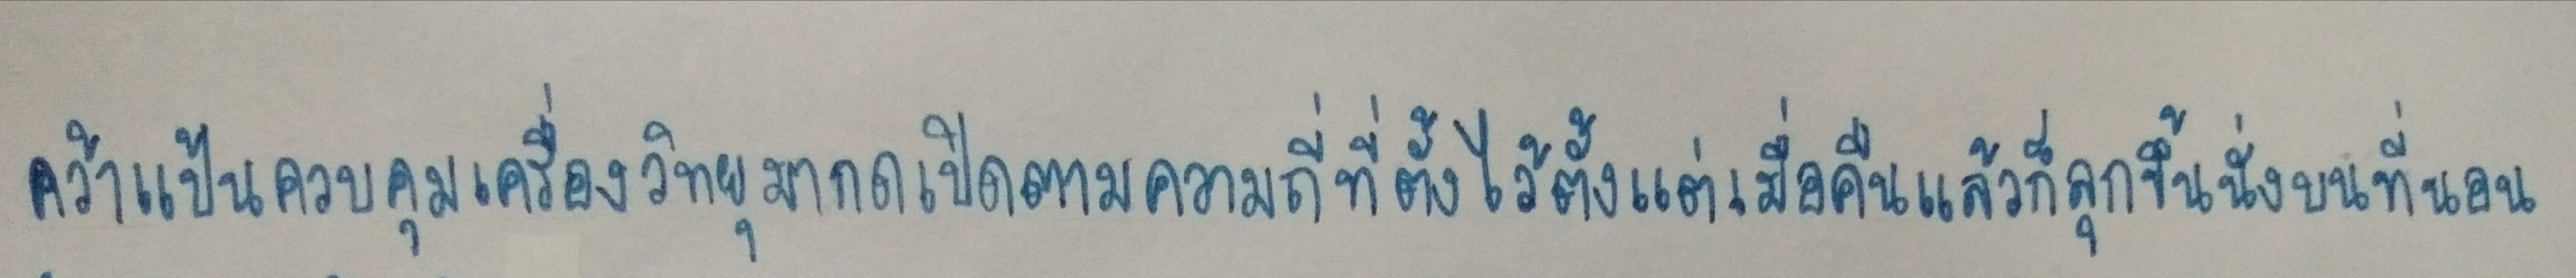
คว้าแป้นควบคุมเครื่องวิทยุมากดเปิดตามความถี่ที่ตั้งไว้ตั้งแต่เมื่อคืนแล้วก็ลุกขึ้นนั่งบนที่นอน